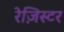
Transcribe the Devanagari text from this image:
रेज़िस्टर